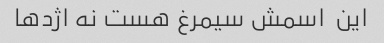
این  اسمش سیمرغ هست نه اژدها